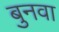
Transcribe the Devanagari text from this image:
बुनवा